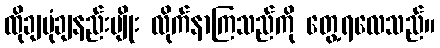
ထိုချပုံချနည်းမျိုး လိုက်နာကြသည်ကို တွေ့ရလေသည်။